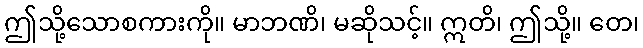
ဤသို့သောစကားကို။ မာဘဏိ၊ မဆိုသင့်။ ဣတိ၊ ဤသို့။ တေ၊